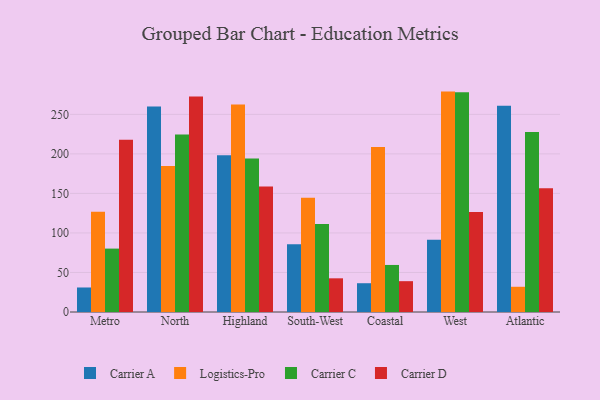
{"axis": {"x": "Region", "y": "Net Income (USD K)"}, "legend": ["Carrier A", "Carrier C", "Carrier D", "Logistics-Pro"], "data": [{"x": "Metro", "y": 31.0, "type": "Carrier A"}, {"x": "Metro", "y": 126.9, "type": "Logistics-Pro"}, {"x": "Metro", "y": 80.2, "type": "Carrier C"}, {"x": "Metro", "y": 217.8, "type": "Carrier D"}, {"x": "North", "y": 260.0, "type": "Carrier A"}, {"x": "North", "y": 184.7, "type": "Logistics-Pro"}, {"x": "North", "y": 224.4, "type": "Carrier C"}, {"x": "North", "y": 272.7, "type": "Carrier D"}, {"x": "Highland", "y": 198.2, "type": "Carrier A"}, {"x": "Highland", "y": 262.6, "type": "Logistics-Pro"}, {"x": "Highland", "y": 194.2, "type": "Carrier C"}, {"x": "Highland", "y": 158.8, "type": "Carrier D"}, {"x": "South-West", "y": 85.8, "type": "Carrier A"}, {"x": "South-West", "y": 144.6, "type": "Logistics-Pro"}, {"x": "South-West", "y": 111.3, "type": "Carrier C"}, {"x": "South-West", "y": 42.6, "type": "Carrier D"}, {"x": "Coastal", "y": 36.4, "type": "Carrier A"}, {"x": "Coastal", "y": 208.7, "type": "Logistics-Pro"}, {"x": "Coastal", "y": 59.5, "type": "Carrier C"}, {"x": "Coastal", "y": 39.0, "type": "Carrier D"}, {"x": "West", "y": 91.3, "type": "Carrier A"}, {"x": "West", "y": 278.8, "type": "Logistics-Pro"}, {"x": "West", "y": 277.9, "type": "Carrier C"}, {"x": "West", "y": 126.6, "type": "Carrier D"}, {"x": "Atlantic", "y": 260.8, "type": "Carrier A"}, {"x": "Atlantic", "y": 31.9, "type": "Logistics-Pro"}, {"x": "Atlantic", "y": 227.6, "type": "Carrier C"}, {"x": "Atlantic", "y": 156.6, "type": "Carrier D"}]}